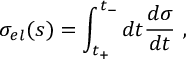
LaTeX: \sigma _ { e l } ( s ) = \int _ { t _ { + } } ^ { t _ { - } } d t { \frac { d \sigma } { d t } } ~ ,